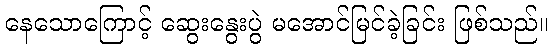
နေသောကြောင့် ဆွေးနွေးပွဲ မအောင်မြင်ခဲ့ခြင်း ဖြစ်သည်။